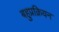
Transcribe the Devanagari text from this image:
बहुप्रक्रियन